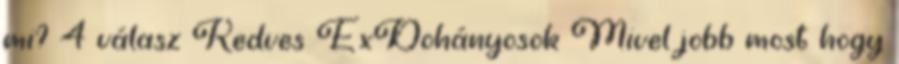
mi? 4 válasz Kedves ExDohányosok Mivel jobb most hogy